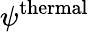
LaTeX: \psi^{\mathrm{thermal}}